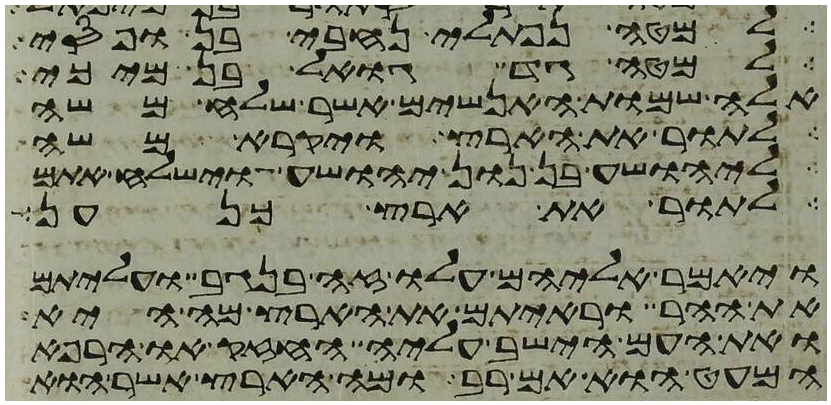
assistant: למטה נפתלי נחבי בן ופסי
למטה גד גואל בן מיכי
אלה שמות האנשים אשר שלח משה
לתור את הארץ ויקרא משה
ליהושע בן נון יהושע וישלח אתם
לתור את ארץ כנען
ויאמר אליהם עלו זה בנגב ועליתם
את ההר וראיתם את הארץ מה היא
ואת העם הישב עליה החזק או הרפא
המעט הוא אם רב ומה הארץ אשר הוא